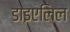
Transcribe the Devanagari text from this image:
डाइएलिल